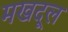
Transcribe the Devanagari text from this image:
मखदूल